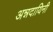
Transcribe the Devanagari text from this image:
अन्नदायिनी